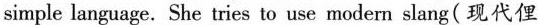
simple language. She tries to use modern slang(现代俚